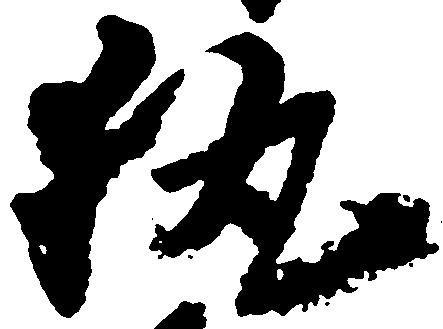
執